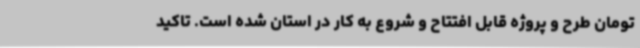
تومان طرح و پروژه قابل افتتاح و شروع به کار در استان شده است. تاکید